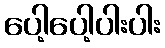
ပေါ့ပေါ့ပါးပါး